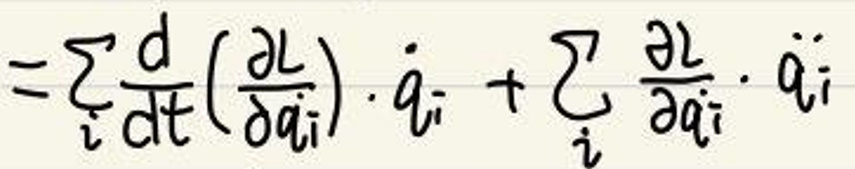
$= \sum _ { i } \frac { d } { d t } ( \frac { \partial L } { \partial \dot { q } _ { i } } ) \cdot \dot { q } _ { i } + \sum _ { i } \frac { \partial L } { \partial q _ { i } } \cdot \ddot { q } _ { i }$